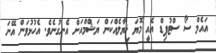
އައެމް ސޯ ސްޓުޕިޑް އެއީ މޮޔަ ޚިޔާލެއްކަން ޔަޝްމްއަށް އެނގުނެވެ. އެހުޅުވަން އޭނަ